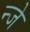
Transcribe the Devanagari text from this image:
न्जे